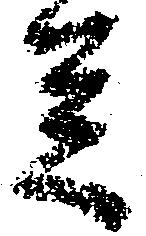
足